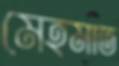
মেহমাত